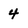
Character: 4